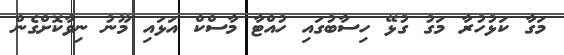
މަގާ ކަޅުހުރާ މަގު ގުޅޭ ހިސާބުގައި ހުއްޓާ މާސްކް އަޅައި މޫނު ނިވާކޮށްގެން